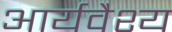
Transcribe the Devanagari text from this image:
आर्यवैश्‍य